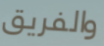
والفريق